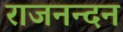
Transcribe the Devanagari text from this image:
राजनन्दन